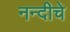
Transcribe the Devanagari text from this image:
नन्दीचे